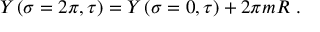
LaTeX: Y \left( \sigma = 2 \pi , \tau \right) = Y \left( \sigma = 0 , \tau \right) + 2 \pi m R \ .